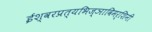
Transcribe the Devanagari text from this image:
ईश्वरप्रत्यभिज्ञाविमर्शिनी